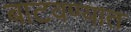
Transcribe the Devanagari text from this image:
बाटवण्यात